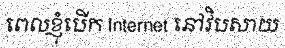
ពេលខ្ញុំបើក Internet នៅវិបសាយ